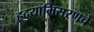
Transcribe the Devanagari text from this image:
हृदयाभिसरणचे